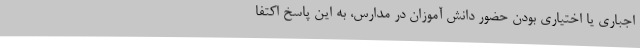
اجباری یا اختیاری بودن حضور دانش آموزان در مدارس، به این پاسخ اکتفا